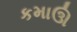
કમાઊ